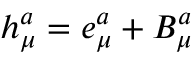
h _ { \mu } ^ { a } = e _ { \mu } ^ { a } + B _ { \mu } ^ { a }